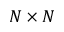
N \times N